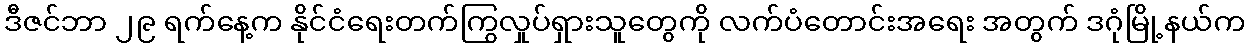
ဒီဇင်ဘာ ၂၉ ရက်နေ့က နိုင်ငံရေးတက်ကြွလှုပ်ရှားသူတွေကို လက်ပံတောင်းအရေး အတွက် ဒဂုံမြို့နယ်က